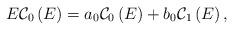
LaTeX: \begin{align*}E\mathcal{C}_{0}\left( E\right) =a_{0}\mathcal{C}_{0}\left( E\right) +b_{0}\mathcal{C}_{1}\left( E\right) , \end{align*}